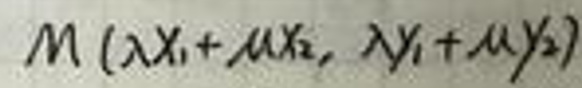
\(M(\lambda x_{1}+\mu x_{2},\lambda y_{1}+\mu y_{2})\)